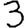
Digit: 3